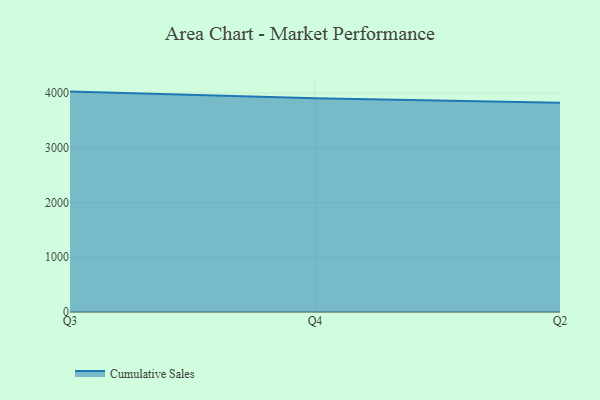
{"axis": {"x": "Quarter", "y": "Net Income (USD K)"}, "legend": ["Cumulative Sales"], "data": [{"x": "Q3", "y": 4025.4, "type": "Cumulative Sales"}, {"x": "Q4", "y": 3904.2, "type": "Cumulative Sales"}, {"x": "Q2", "y": 3823.1, "type": "Cumulative Sales"}]}